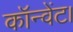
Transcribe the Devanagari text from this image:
कॉन्वेंट।